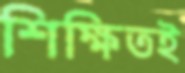
শিক্ষিতই